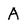
Character: A